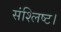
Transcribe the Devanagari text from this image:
संश्लिष्ट।